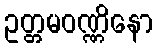
ဥတ္တမဝဏ္ဏိနော